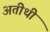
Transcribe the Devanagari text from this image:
अतीथी